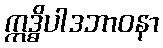
ဣဒ္ဓိပါဒဘာဝနာ